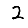
Digit: 2